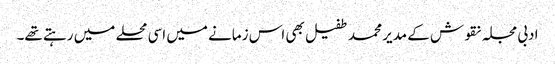
ادبی مجلہ نقوش کے مدیر محمد طفیل بھی اس زمانے میں اسی محلے میں رہتے تھے۔